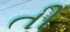
તી